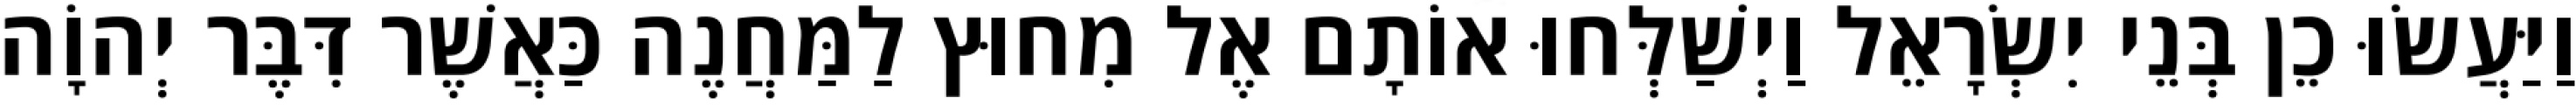
וַיַּעֲשׂוּ כֵן בְּנֵי יִשְׂרָאֵל וַיְשַׁלְּחוּ אוֹתָם אֶל מִחוּץ לַמַּחֲנֶה כַּאֲשֶׁר דִּבֶּר יְהוָֹה